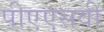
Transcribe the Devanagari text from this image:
पीएएसवी